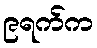
၉ရက်က